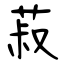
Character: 菽